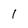
Character: I